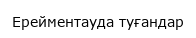
Ерейментауда туғандар